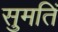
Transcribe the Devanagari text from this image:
सुमतिं